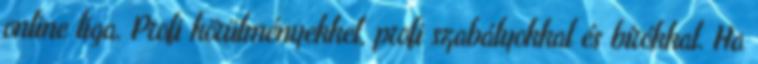
online liga. Profi körülményekkel, profi szabályokkal és bírókkal. Ha